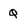
Character: q